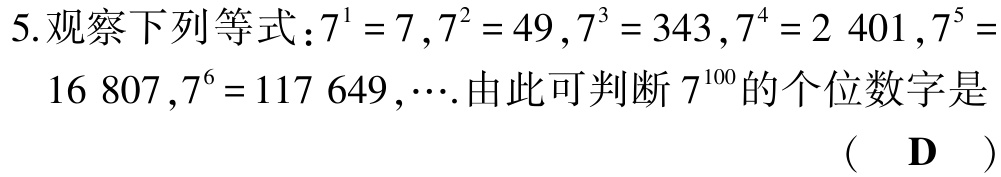
5.观察下列等式：$7^{1}=7,7^{2}=49,7^{3}=343,7^{4}=2\ 401,7^{5}=16\ 807,7^{6}=117\ 649,\cdots$.由此可判断$7^{100}$的个位数字是 （ D ）